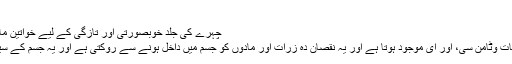
‘‘
چہرے کی جلد خوبصورتی اور تازگی کے لیے خواتین ماسک کا استعمال بھی کرتی ہیں
اینٹی آکسیڈنٹ میں قدرتی معدنیات وٹامن سی، اور ای موجود ہوتا ہے اور یہ نقصان دہ زرات اور مادوں کو جسم میں داخل ہونے سے روکتی ہے اور یہ جسم کے سیلز کو بھی محفوظ رکھتے ہیں۔